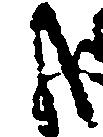
哉